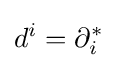
d^{i}=\partial _{i}^{*}